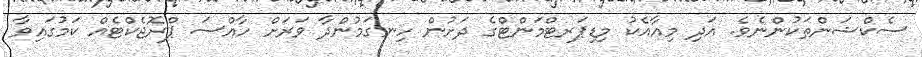
ސެކްޝަންތަކުންނެވެ. އަދި މިއާއެކު މިޑިޕަރޓްމަންޓްގެ ދަށުން ހިނގަމުންދާ ވަރަށް ހާއްސަ ޕްރޮޖެކްޓެއް ކަމުގައިވާ